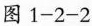
图1-2-2